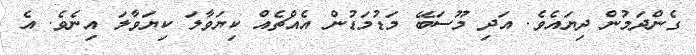
ގެންދަމުން ދިޔައެވެ. އަދި މޫސަބޭ މަޑުމަޑުން އެއްޗެއް ކިޔަވާލަ ކިޔަވާލަ އިނެވެ. އެ